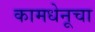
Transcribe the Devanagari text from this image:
कामधेनूचा